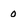
Character: 0